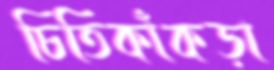
চিতিকাঁকড়া